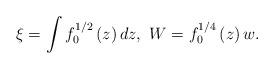
LaTeX: \begin{align*}\xi =\int {f_{0}^{1/2}\left( z\right) dz},\ W=f_{0}^{1/4}\left( z\right) w.\end{align*}